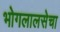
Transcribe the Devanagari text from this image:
भोगलालसेचा